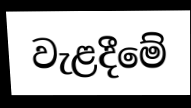
වැළදීමේ